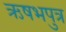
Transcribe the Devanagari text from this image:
ऋषभपुत्र